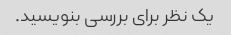
یک نظر برای بررسی بنویسید.